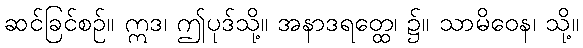
ဆင်ခြင်စဉ်။ ဣဒ၊ ဤပုဒ်သို့။ အနာဒရတ္ထေ၊ ၌။ သာမိဝေန၊ သို့။